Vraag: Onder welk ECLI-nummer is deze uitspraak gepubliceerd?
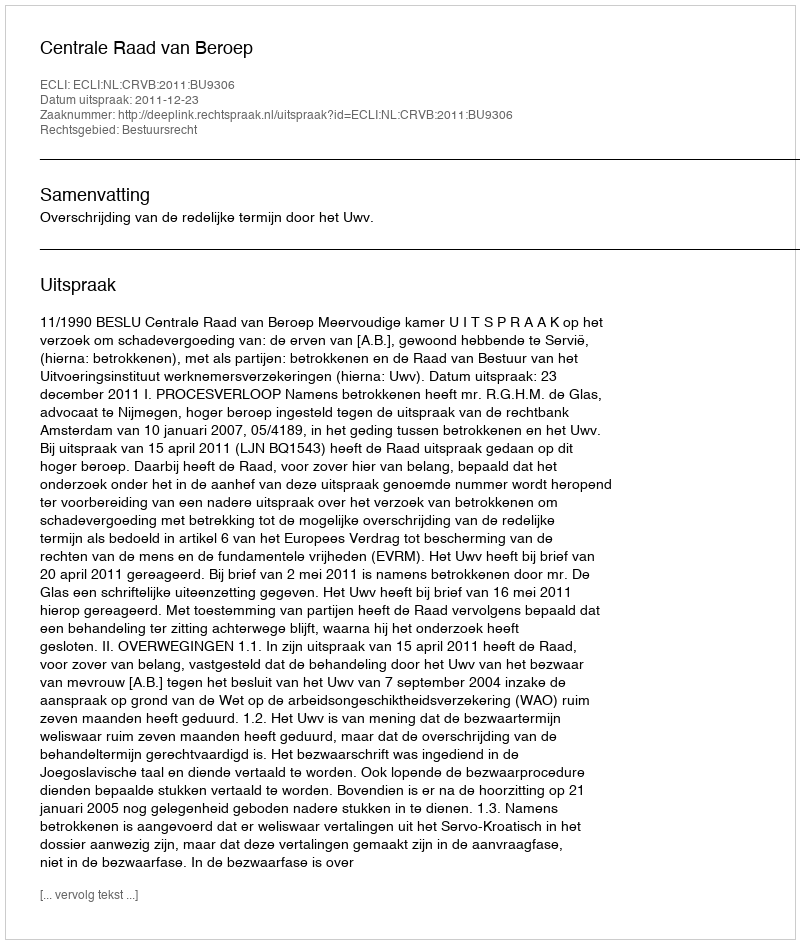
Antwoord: ECLI:NL:CRVB:2011:BU9306